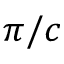
{ \pi } / c